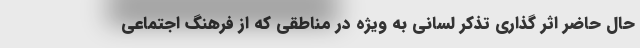
حال حاضر اثر گذاری تذکر لسانی به ویژه در مناطقی که از فرهنگ اجتماعی